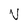
Character: V